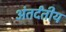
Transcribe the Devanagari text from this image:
अंतर्दंतीय